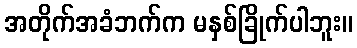
အတိုက်အခံဘက်က မနှစ်ခြိုက်ပါဘူး။